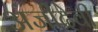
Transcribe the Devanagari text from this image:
अंजीदेवी